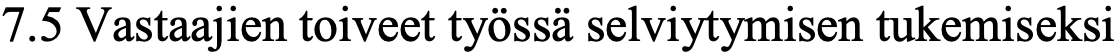
7.5 Vastaajien toiveet työssä selviytymisen tukemiseksi